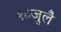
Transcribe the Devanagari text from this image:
१८जुलै